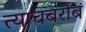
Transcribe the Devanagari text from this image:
त्याचबरोब